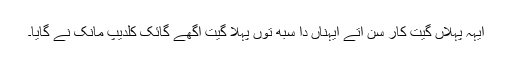
ایہہ پہلاں گیت کار سن اتے ایہناں دا سبھ توں پہلا گیت اگھے گائک کلدیپ مانک نے گایا۔